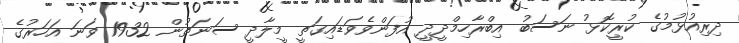
ދިރިއުޅުމުގެ ކުރީކޮޅު ނަސަބު އިބްރާހިމްދީދީ އުފަންވެވަޑައިގަތީ މީލާދީ ސަނަތުން 1932 ވަނަ އަހަރުގެ